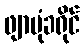
ဖျာပုံခရိုင်